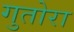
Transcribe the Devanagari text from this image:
गुतोरा